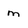
Character: m